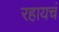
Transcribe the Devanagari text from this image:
रहायचं